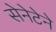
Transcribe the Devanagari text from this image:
सेनेटेने